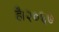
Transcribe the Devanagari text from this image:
है।२०६७